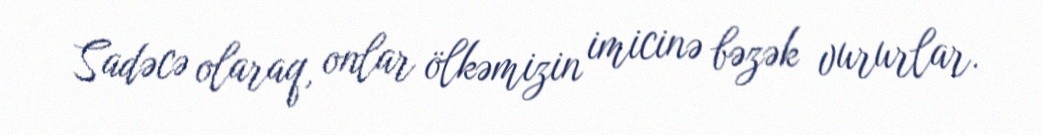
Sadəcə olaraq, onlar ölkəmizin imicinə bəzək vururlar.